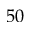
5 0